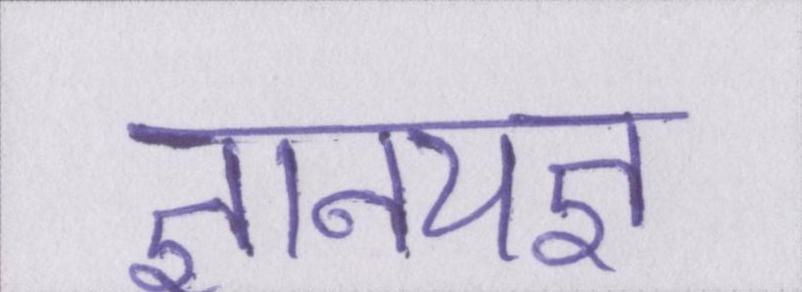
ज्ञानयज्ञ